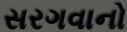
સરગવાનો